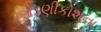
જોડણીકોશના